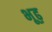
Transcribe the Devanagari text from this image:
भूढ़